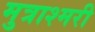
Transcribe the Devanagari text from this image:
मुत्राश्मरी